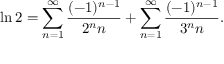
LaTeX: \ln 2 = \sum _ { n = 1 } ^ { \infty } { \frac { ( - 1 ) ^ { n - 1 } } { 2 ^ { n } n } } + \sum _ { n = 1 } ^ { \infty } { \frac { ( - 1 ) ^ { n - 1 } } { 3 ^ { n } n } } .